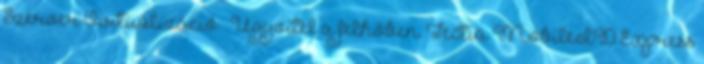
Szerver Virtualizáció – Ügyvitel a felhőben. Tectia MobileID Express